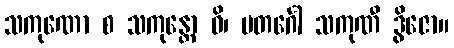
သကုဏော စ သကုန္တော ဝိ၊ ပတင်္ဂေါ သကုဏီ ဒွိဇော။